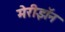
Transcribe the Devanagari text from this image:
मेरीझॅन